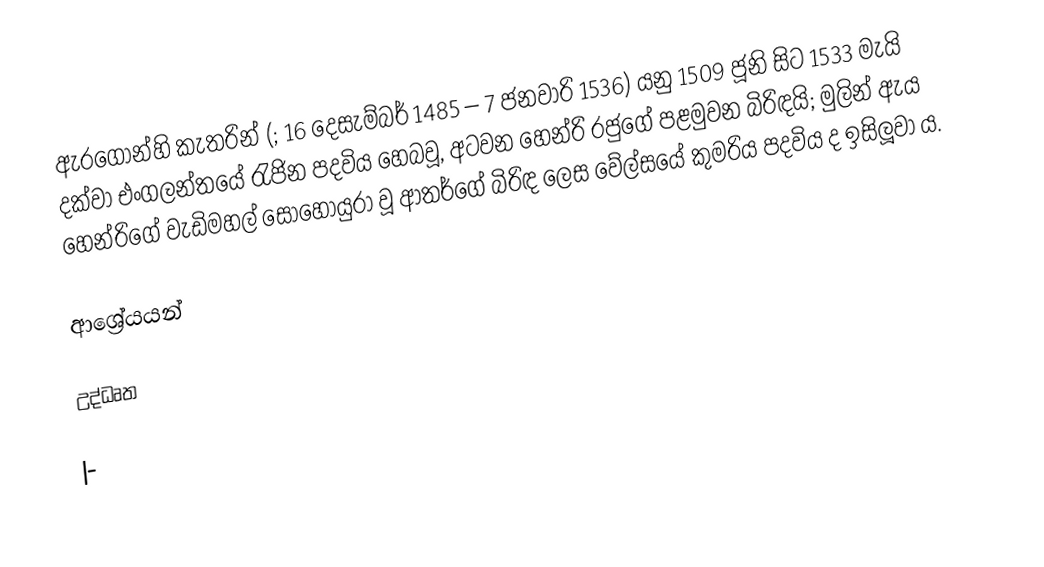
ඇරගොන්හි කැතරින් (; 16 දෙසැම්බර් 1485 – 7 ජනවාරි 1536) යනු 1509 ජූනි සිට 1533 මැයි දක්වා එංගලන්තයේ රැජින පදවිය හෙබවූ, අටවන හෙන්රි රජුගේ පළමුවන බිරිඳයි; මුලින් ඇය හෙන්රිගේ වැඩිමහල් සොහොයුරා වූ ආතර්ගේ බිරිඳ ලෙස වේල්සයේ කුමරිය පදවිය ද ඉසිලූවා ය.

ආශ්‍රේයයන්

උද්ධෘත

|-